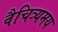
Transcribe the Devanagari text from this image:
वैचित्र्यमय